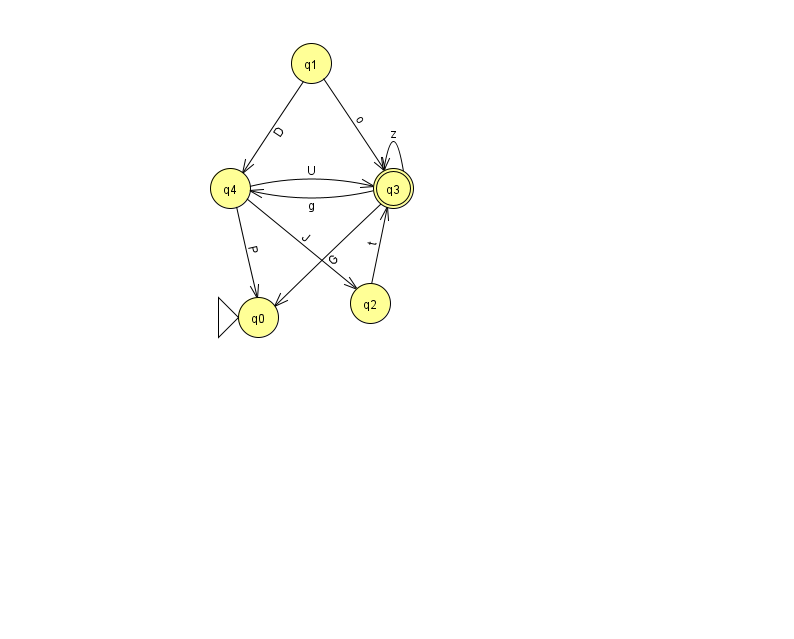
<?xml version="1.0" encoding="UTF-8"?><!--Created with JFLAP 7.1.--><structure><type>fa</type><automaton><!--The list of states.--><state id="0" name="q0"><x>258.0</x><y>304.0</y><initial/></state><state id="1" name="q1"><x>311.0</x><y>50.0</y></state><state id="2" name="q2"><x>370.0</x><y>290.0</y></state><state id="3" name="q3"><x>393.0</x><y>175.0</y><final/></state><state id="4" name="q4"><x>230.0</x><y>175.0</y></state><!--The list of transitions.--><transition><from>3</from><to>0</to><read>G</read></transition><transition><from>3</from><to>4</to><read>g</read></transition><transition><from>1</from><to>4</to><read>D</read></transition><transition><from>4</from><to>0</to><read>P</read></transition><transition><from>4</from><to>2</to><read>J</read></transition><transition><from>4</from><to>3</to><read>U</read></transition><transition><from>3</from><to>3</to><read>z</read></transition><transition><from>2</from><to>3</to><read>t</read></transition><transition><from>1</from><to>3</to><read>o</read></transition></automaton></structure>